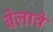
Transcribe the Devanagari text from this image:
बेलावे